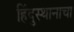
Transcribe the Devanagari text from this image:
हिंदुस्थानाचा